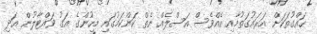
ހައްގުތަކަށް އަރައުގަތުމާއި އެއްވެސް އަސްލެއް ނެތް ކަންކަމުގައި މީހުންގެ އަގު ވައްޓާލުން އަދި